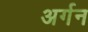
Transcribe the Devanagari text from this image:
अर्गन